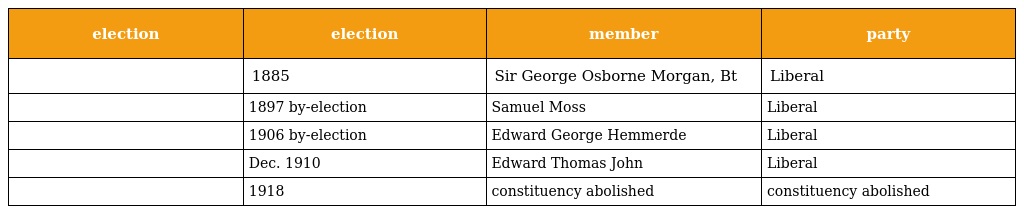
| election | election | member | party |
 | --- | --- | --- | --- |
 |  | 1885 | Sir George Osborne Morgan, Bt | Liberal |
 |  | 1897 by-election | Samuel Moss | Liberal |
 |  | 1906 by-election | Edward George Hemmerde | Liberal |
 |  | Dec. 1910 | Edward Thomas John | Liberal |
 |  | 1918 | constituency abolished | constituency abolished |